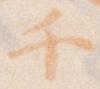
千